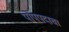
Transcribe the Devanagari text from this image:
पोपपदाचा